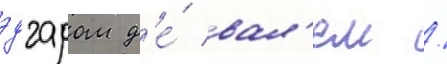
эдгаром д'е́ вал'ем /